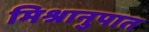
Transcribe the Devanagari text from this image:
मिश्रानुपात